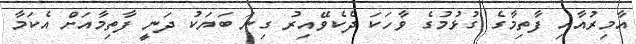
އާމިރުއާއި ފާތިމާގެ ގުޅުމުގެ ވާހަކަ ދެކެވޭއިރު ގިނަ ބަޔަކު ދަނީ ފާތިމާއަށް އެކަމާ